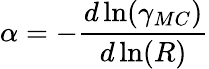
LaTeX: \alpha=-\frac{d\ln(\gamma_{MC})}{d\ln(R)}